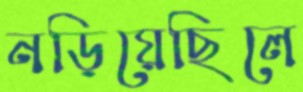
নড়িয়েছিলে